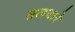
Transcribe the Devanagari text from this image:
तलवारे